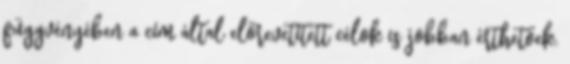
függvényében a cím által előrevetített célok is jobban érthetőek.